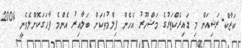
ކަޒާކް-ރަޝިއަން މި ޑައިރެކްޓަރުގެ މަޝްހޫރު އެހެން ފިލްމުތަކަށް ބަލާއިރު އެންމެ ފާހަގަކޮށްލެވެނީ 2004